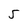
Character: 5